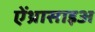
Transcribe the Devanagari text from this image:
ऐंथ्रासाइअ